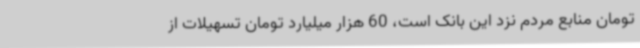
تومان منابع مردم نزد این بانک است، 60 هزار میلیارد تومان تسهیلات از